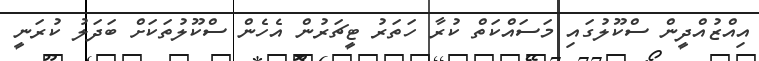
އިއްޒުއްދީން ސްކޫލުގައި މަސައްކަތް ކުރާ ހަތަރު ޓީޗަރުން އެހެން ސްކޫލުތަކަށް ބަދަލު ކުރަނީ